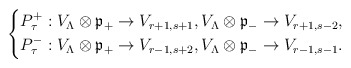
\begin{align*}\left\{\begin{aligned}&P_\tau^+: V_\Lambda\otimes \frak{p}_+\to V_{r+1,s+1},V_\Lambda\otimes \frak{p}_-\to V_{r+1,s-2},\\&P_\tau^-: V_\Lambda\otimes \frak{p}_+\to V_{r-1,s+2},V_\Lambda\otimes \frak{p}_-\to V_{r-1,s-1}.\end{aligned}\right.\end{align*}